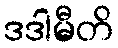
ဒဒါမီတိ